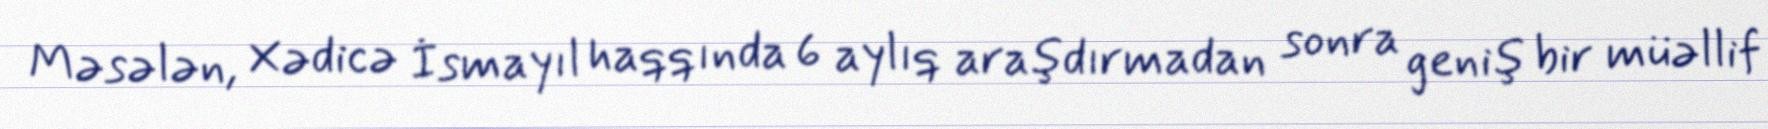
Məsələn, Xədicə İsmayıl haqqında 6 aylıq araşdırmadan sonra geniş bir müəllif